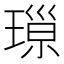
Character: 𱯛